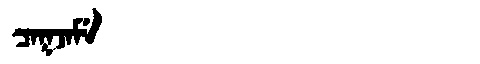
Manchu: ᠴᠠᡴᠵᠠᠮᡝ
Romanization: CAKJAME